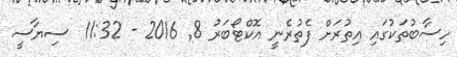
ހިސާބުތަކުގައި އިތުރަށް ފެތުރެނީ އޮކްޓޯބަރު 8